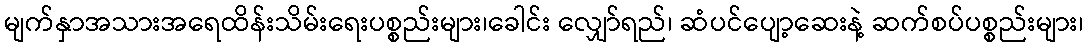
မျက်နှာအသားအရေထိန်းသိမ်းရေးပစ္စည်းများ၊ခေါင်း လျှော်ရည်၊ ဆံပင်ပျော့ဆေးနဲ့ ဆက်စပ်ပစ္စည်းများ၊